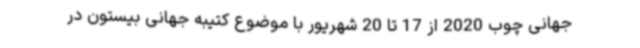
جهانی چوب 2020 از 17 تا 20 شهریور با موضوع کتیبه جهانی بیستون در